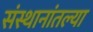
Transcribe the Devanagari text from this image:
संस्थानांतल्या